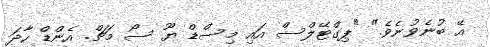
އޭ ބުނެވުނެވެ." "ޕިގްޓޭލްސް އައި މިސްޑް ޔޫ ސޯ މަޗް. އެންޑް ހާދަ